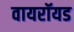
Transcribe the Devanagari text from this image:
वायरॉयड